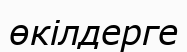
өкілдерге